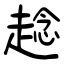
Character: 趝